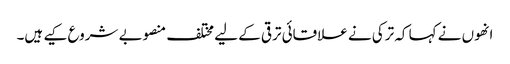
انھوں نے کہا کہ ترکی نے علاقائی ترقی کے لیے مختلف منصوبے شروع کیے ہیں۔